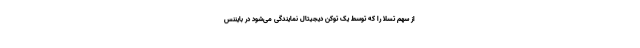
از سهم تسلا را که توسط یک توکن دیجیتال نمایندگی می‌شود در بایننس